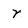
Character: r